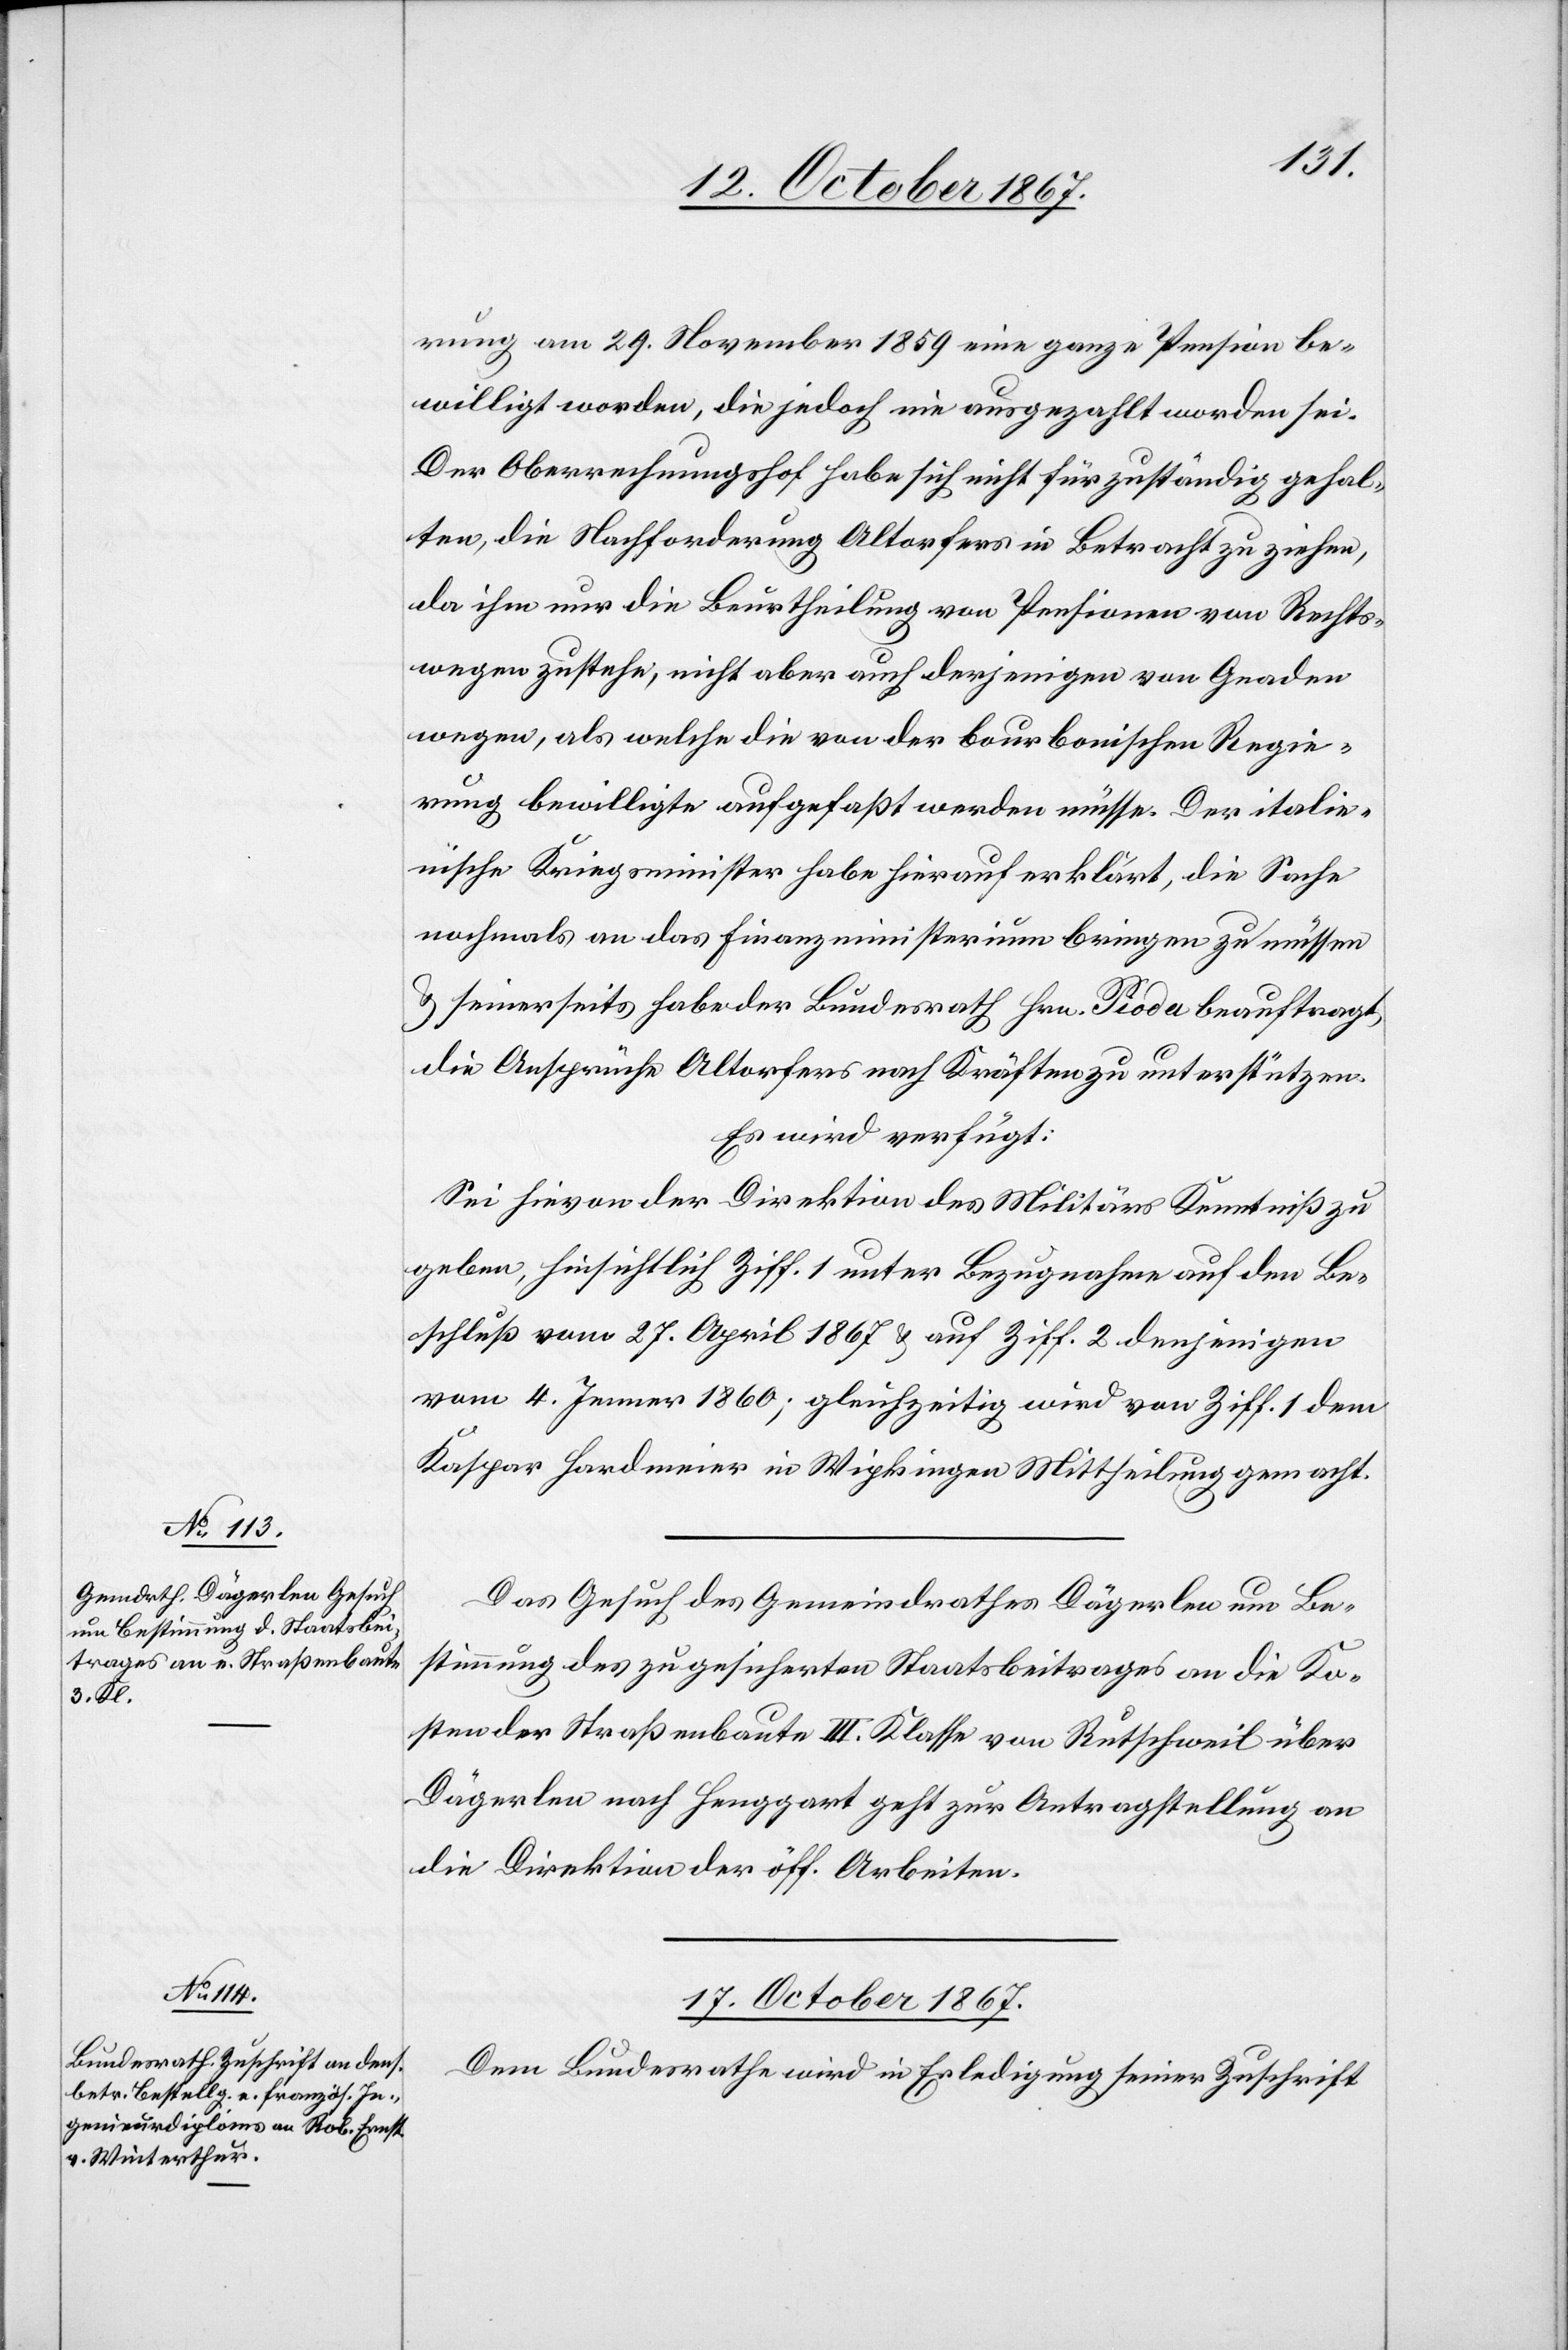
16. October 1867.]
rung am 29. November 1859 eine ganze Pension be¬
willigt worden, die jedoch nie ausgezahlt worden sei.
Der Oberrechnungshof habe sich nicht für zuständig gehal¬
ten, die Nachforderung Altorfers in Betracht zu ziehen,
da ihm nur die Beurtheilung von Pensionen von Rechts¬
wegen zustehe; nicht aber auch derjenigen von Gnaden
wegen, als welche die von der bourbonischen Regie¬
rung bewilligt aufgefaßt werden müsse. Der italie¬
nische Kriegsminister habe hierauf erklärt, die Sache
nochmals an das Finanzministerium bringen zu müssen
u. seinerseits habe der Bundesrath Hrn. Pioda beauftragt,
die Ansprüche Altorfers nach Kräften zu unterstützen.
Es wird verfügt:
Sei hievon der Direktion des Militärs Kenntniß zu
geben, hinsichtlich Ziff. 1 unter Bezugnahme auf den Be¬
schluß vom 27. April 1867 u. auf Ziff. 2 denjenigen
vom 4. Jenner 1860; gleichzeitig wird von Ziff. 1 dem
Kaspar Hardmeier in Wipkingen Mittheilung gemacht.
Das Gesuch des Gemeindrathes Dägerlen um Be¬
stimmung des zugesicherten Staatsbeitrages an die Ko¬
sten der Straßenbaute III. Klasse von Rutschweil über
Dägerlen nach Henggart geht zur Antragstellung an
die Direktion der öff. Arbeiten.
17. October 1867.
Dem Bundesrathe wird in Erledigung seiner Zuschrift